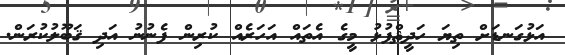
އަޅުގަނޑަށް ތިޔަ ހަދީޘްފުޅު މީގެ އެތައް އަހަރެއް ކުރިން ފެނުނު އަދި ޤަބޫލުކުރަން.